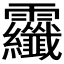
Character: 𩇏